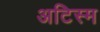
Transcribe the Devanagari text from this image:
अटिस्म